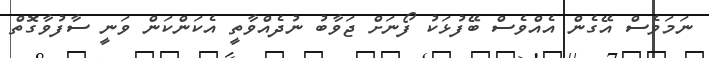
ނަމަވެސް އޭގެން އެއްވެސް ބޭފުޅަކު ފޯނަށް ޖަވާބު ނުދެއްވާތީ އެކަންކަން ވަނީ ސާފުވާގޮތް